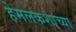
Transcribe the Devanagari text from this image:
हेमलकशाच्या